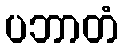
ပဘာတံ